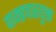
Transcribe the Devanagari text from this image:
वाक्प्रचारयुक्त